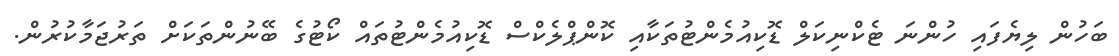
ބަހުން ލިޔެފައި ހުންނަ ޓެކްނިކަލް ޑޮކިއުމެންޓުތަކާއި ކޮންޕްލެކްސް ޑޮކިއުމެންޓުތައް ކޯޓުގެ ބޭނުންތަކަށް ތަރުޖަމާކުރުން.